Report on horse surra - Volume I
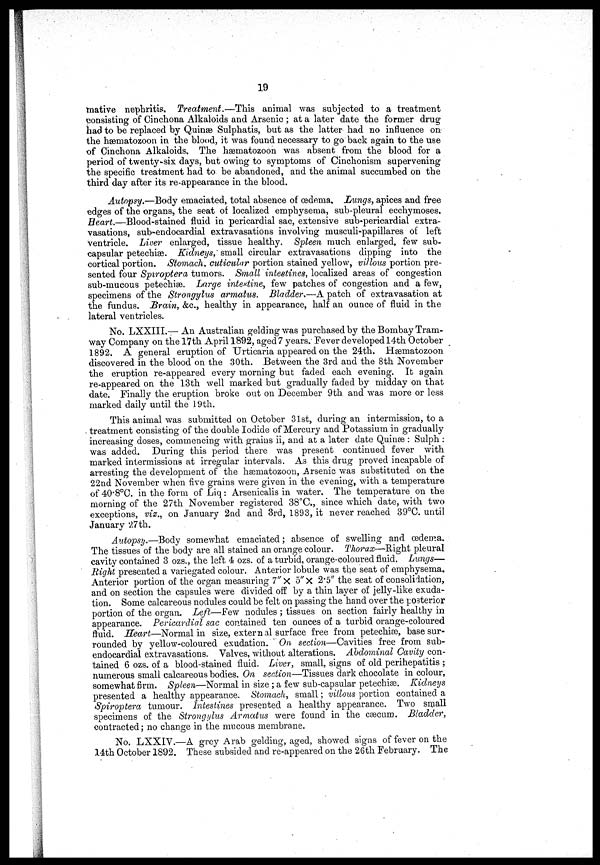
19
mative nephritis, Treatment.—This animal was subjected to a treatment
consisting of Cinchona Alkaloids and Arsenic ; at a later date the former drug
had to be replaced by Quinæ Sulphatis, but as the latter had no influence on
the hæmatozoon in the blood, it was found necessary to go back again to the use
of Cinchona Alkaloids, The hæmatozoon was absent from the blood for a
period of twenty-six days, but owing to symptoms of Cinchonism supervening
the specific treatment had to be abandoned, and the animal succumbed on the
third day after its re-appearance in the blood.
Autopsy.—Body emaciated, total absence of œdema. Lungs, apices and free
edges of the organs, the seat of localized emphysema, sub-pleural ecchymoses.
Heart.—Blood-stained fluid in pericardial sac, extensive sub-pericardial extra-
vasations, sub-endocardial extravasations involving musculi-papillares of left
ventricle. Liver enlarged, tissue healthy. Spleen much enlarged, few sub-
capsular petechias. Kidneys, small circular extravasations dipping into the
cortical portion. Stomach, cuticular portion stained yellow, villous portion pre-
sented four Spiroptera tumors. Small intestines, localized areas of congestion
sub-mucous petechias. Large intestine, few patchæ of congestion and a few,
specimens of the Strongylus armatus. Bladder.—A patch of extravasation at
the fundus. Brain, &c, healthy in appearance, half an ounce of fluid in the
lateral ventricles.
No. LXXIII.— An Australian gelding was purchased by the Bombay Tram-
way Company on the 17th April 1892, aged 7 years. Fever developed 14th October
1892. A general eruption of Urticaria appeared on the 24th. Hæmatozoon
discovered in the blood on the 30th. Between the 3rd and the 8th November
the eruption re-appeared every morning but faded each evening. It again
re-appeared on the 13th well marked but gradually faded by midday on that
date. Finally the eruption broke out on December 9th and was more or less
marked daily until the 19th.
This animal was submitted on October 31st, during an intermission, to a
treatment consisting of the double Iodide of Mercury and Potassium in gradually
increasing doses, commencing with grains ii, and at a later date Quinæ : Sulph :
was added. During this period there was present continued fever with
marked intermissions at irregular intervals. As this drug proved incapable of
arresting the development of the hæmatozoon, Arsenic was substituted on the
22nd November when five grains were given in the evening, with a temperature
of 40.8°C. in the form of Liq : Arsenicalis in water. The temperature on the
morning of the 27th November registered 38°C, since which date, with two
exceptions, viz., on January 2nd and 3rd, 1893, it never reached 39°C. until
January 27th.
Autopsy.—Body somewhat emaciated ; absence of swelling and oedema.
The tissues of the body are all stained an orange colour. Thorax—Right pleural
cavity contained 3 ozs., the left 4 ozs. of a turbid, orange-coloured fluid. Lungs—
Right presented a variegated colour. Anterior lobule was the seat of emphysema.
Anterior portion of the organ measuring 7" X 5" x 2.5" the seat of consolidation,
and on section the capsules were divided off by a thin layer of jelly-like exuda-
tion. Some calcareous nodules could be felt on passing the hand over the posterior
portion of the organ. Left—Few nodules ; tissues on section fairly healthy in
appearance. Pericardial sac contained ten ounces of a turbid orange-coloured
fluid. Heart—Normal in size, external surface free from petechias, base sur-
rounded by yellow-coloured exudation." On section—Cavities free from sub-
endocardial extravasations. Valves, without alterations. Abdominal Cavity con-
tained 6 ozs. of a blood-stained fluid. Liver, small, signs of old perihepatitis ;
numerous small calcareous bodies. On section—Tissues dark chocolate in colour,
somewhat firm. Spleen—Normal in size ; a few sub-capsular petechias. Kidneys
presented a healthy appearance. Stomach, small ; villous portion contained a
Spiroptera tumour. Intestines presented a healthy appearance. Two small
specimens of the Strongylus Armatus were found in the caecum. Bladder,
contracted ; no change in the mucous membrane.
No. LXXIV.—A grey Arab gelding, aged, showed signs of fever on the
14th October 1892. These subsided and re-appeared on the 26th February. The